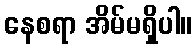
နေစရာ အိမ်မရှိပါ။